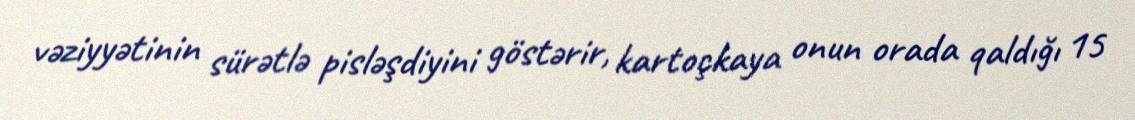
vəziyyətinin sürətlə pisləşdiyini göstərir, kartoçkaya onun orada qaldığı 15